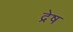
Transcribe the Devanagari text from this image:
द्रेष